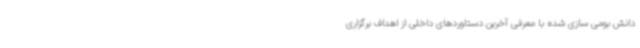
دانش بومی سازی شده با معرفی آخرین دستاوردهای داخلی از اهداف برگزاری